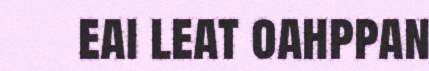
eai leat oahppan